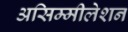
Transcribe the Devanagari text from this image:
असिम्मीलेशन